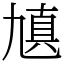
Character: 㐤